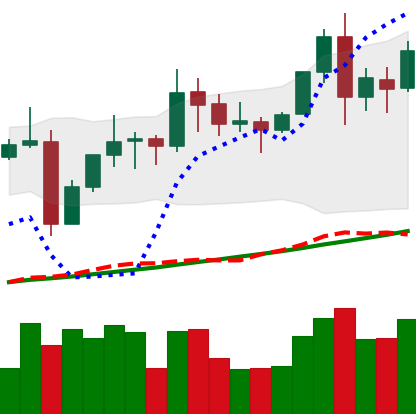
Ticker: TRX-USD
Chart end date: 2021-11-13
Forward return: -10.828%
Label: down_7plus